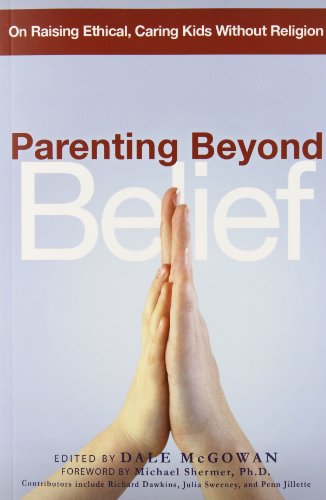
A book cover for Parenting Beyond Belief: On Raising Ethical, Caring Kids Without Religion; Education & Teaching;